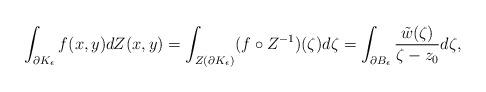
LaTeX: \begin{align*}\int_{\partial K_{\epsilon}}f(x,y)dZ(x,y) =\int_{Z(\partial K_{\epsilon})}(f\circ Z^{-1})(\zeta)d\zeta = \displaystyle\int_{\partial B_{\epsilon}}\frac{\tilde{w}(\zeta)}{\zeta -z_{0}}d\zeta,\end{align*}